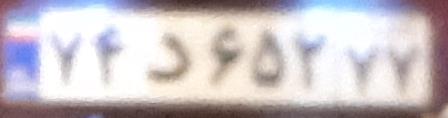
۷۴د۶۵۲۷۷